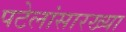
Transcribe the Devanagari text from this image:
पटेलांसारख्या